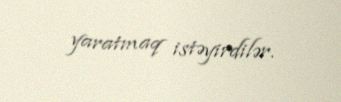
yaratmaq istəyirdilər.